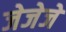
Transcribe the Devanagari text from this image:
जेजेजे